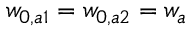
w _ { 0 , a 1 } = w _ { 0 , a 2 } = w _ { a }